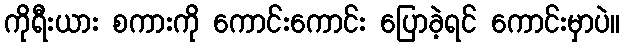
ကိုရီးယား စကားကို ကောင်းကောင်း ပြောခဲ့ရင် ကောင်းမှာပဲ။